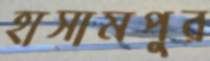
হাসামপুর